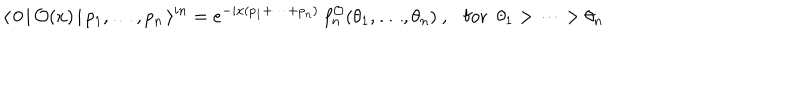
LaTeX: \langle \, 0 \, | \, \mathcal { O } ( x ) \, | \, p _ { 1 } , \dots , p _ { n } \, \rangle ^ { i n } = e ^ { - i x ( p _ { 1 } + \dots + p _ { n } ) } \, f _ { n } ^ { \mathcal { O } } ( \theta _ { 1 } , \dots , \theta _ { n } ) ~ , \mathrm { f o r } ~ ~ \theta _ { 1 } > \dots > \theta _ { n }